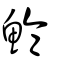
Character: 鯩